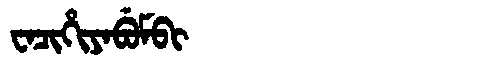
Manchu: ᠸᠠᠴᡳᡥᡳᠶᠠᠪᡠᠮᠪᡳ
Romanization: WACIHIYABUMBI